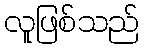
လူဖြစ်သည်